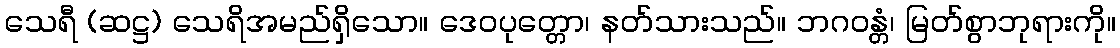
သေရီ (ဆဋ္ဌ) သေရိအမည်ရှိသော။ ဒေဝပုတ္တော၊ နတ်သားသည်။ ဘဂဝန္တံ၊ မြတ်စွာဘုရားကို။